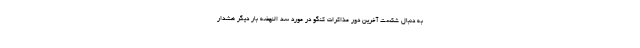
به دنبال شکست آخرین دور مذاکرات کنگو در مورد سد النهضه بار دیگر هشدار